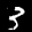
Label: 3